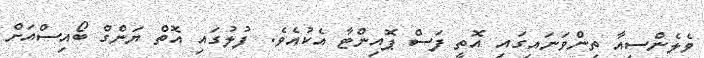
ވެލެންސިއާ ތިންވަނައިގައި އޮތީ ފަސް ޕޮއިންޓާ އެކުއެވެ. ފުލުގައި އޮތް ޔަންގް ބޯއިސްއަށް